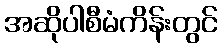
အဆိုပါစီမံကိန်းတွင်